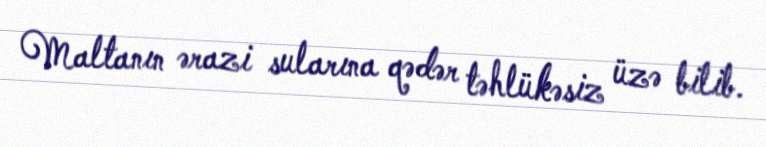
Maltanın ərazi sularına qədər təhlükəsiz üzə bilib.